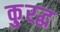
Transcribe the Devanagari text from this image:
कु्रद्ध